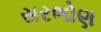
સરભોણ